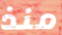
منذ